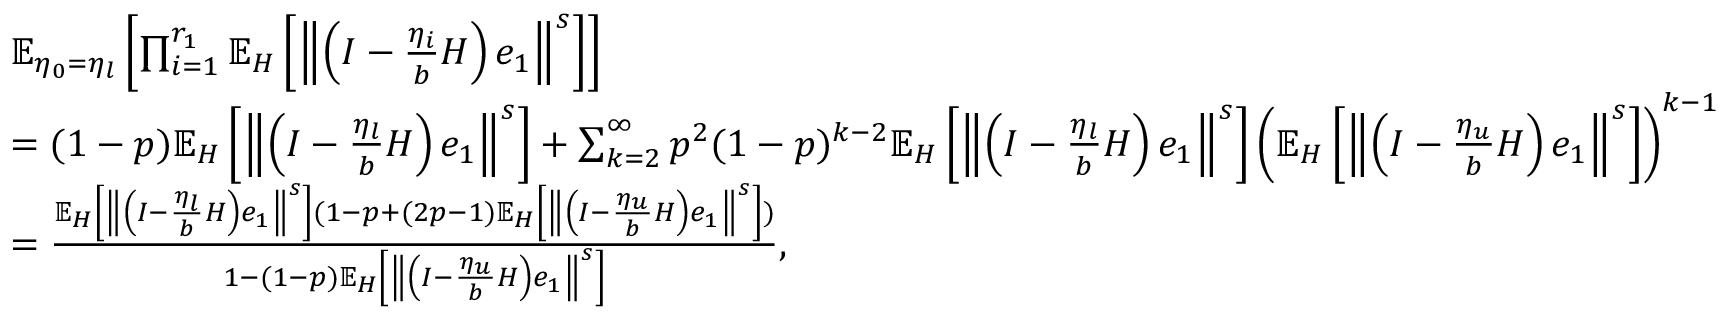
\begin{array} { r l } & { \mathbb { E } _ { \eta _ { 0 } = \eta _ { l } } \left[ \prod _ { i = 1 } ^ { r _ { 1 } } \mathbb { E } _ { H } \left[ \left\Vert \left( I - \frac { \eta _ { i } } { b } H \right) e _ { 1 } \right\Vert ^ { s } \right] \right] } \\ & { = ( 1 - p ) \mathbb { E } _ { H } \left[ \left\Vert \left( I - \frac { \eta _ { l } } { b } H \right) e _ { 1 } \right\Vert ^ { s } \right] + \sum _ { k = 2 } ^ { \infty } p ^ { 2 } ( 1 - p ) ^ { k - 2 } \mathbb { E } _ { H } \left[ \left\Vert \left( I - \frac { \eta _ { l } } { b } H \right) e _ { 1 } \right\Vert ^ { s } \right] \left( \mathbb { E } _ { H } \left[ \left\Vert \left( I - \frac { \eta _ { u } } { b } H \right) e _ { 1 } \right\Vert ^ { s } \right] \right) ^ { k - 1 } } \\ & { = \frac { \mathbb { E } _ { H } \left[ \left\Vert \left( I - \frac { \eta _ { l } } { b } H \right) e _ { 1 } \right\Vert ^ { s } \right] ( 1 - p + ( 2 p - 1 ) \mathbb { E } _ { H } \left[ \left\Vert \left( I - \frac { \eta _ { u } } { b } H \right) e _ { 1 } \right\Vert ^ { s } \right] ) } { 1 - ( 1 - p ) \mathbb { E } _ { H } \left[ \left\Vert \left( I - \frac { \eta _ { u } } { b } H \right) e _ { 1 } \right\Vert ^ { s } \right] } , } \end{array}